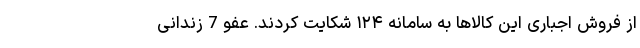
از فروش اجباری این کالاها به سامانه ۱۲۴ شکایت کردند. عفو 7 زندانی